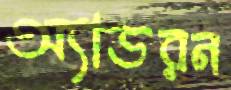
অ্যাডরন